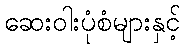
ဆေးဝါးပုံစံများနှင့်